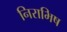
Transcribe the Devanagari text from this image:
निराभिष